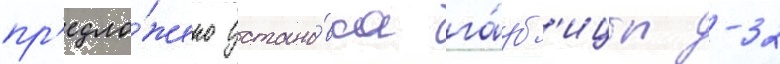
пр'едло́жено устано́вка га́уб'ицы д-32